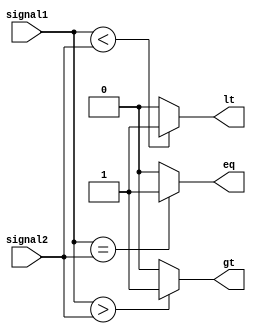
module comparator(
    input [15:0] signal1,
    input [15:0] signal2,
    output gt, // greater than
    output lt, // less than
    output eq // equal
);

assign gt = (signal1 > signal2) ? 1'b1 : 1'b0;
assign lt = (signal1 < signal2) ? 1'b1 : 1'b0;
assign eq = (signal1 == signal2) ? 1'b1 : 1'b0;

endmodule